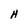
Character: H